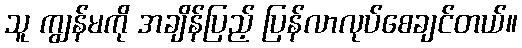
သူ ကျွန်မကို အချိန်ပြည့် ပြန်လာလုပ်စေချင်တယ်။